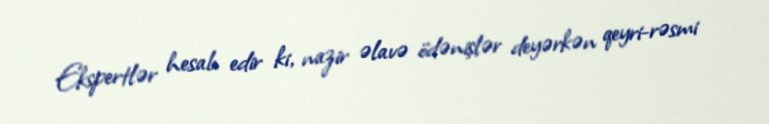
Ekspertlər hesab edir ki, nazir əlavə ödənişlər deyərkən qeyri-rəsmi